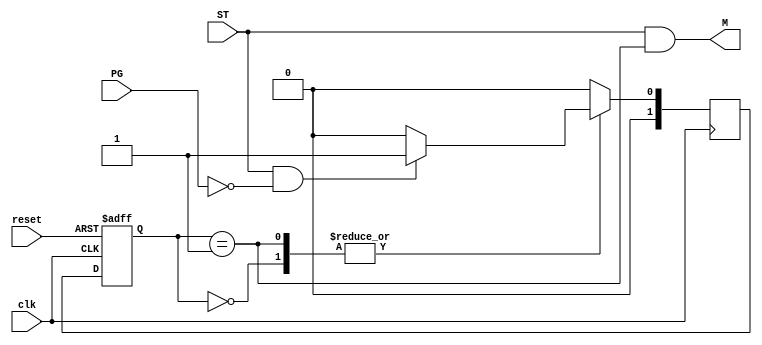
module maq_esteira(
	input clk,
   input reset,
	input ST, PG,
	output M
);

// Parmetros para os estados
parameter STOPPED = 2'b00;
parameter MOVING = 2'b01;

// Registrador de estado
reg [1:0] current_state, next_state;

// Atualizao do estado
always @ ( posedge clk , posedge
reset ) begin
    if ( reset ) current_state <= STOPPED ;
    else current_state <= next_state ;
end

// Lgica do prximo estado
always @(posedge clk) begin
	case(current_state)
    	STOPPED: begin
			if (ST && !PG)
            	next_state = MOVING;
        	else
            	next_state = STOPPED;
    	end
    	MOVING: begin

   		if (ST && !PG)
            	next_state = MOVING;
        	else
            	next_state = STOPPED;
    	end
    	default: next_state = STOPPED;
	endcase
end



// Lgica de sada
assign M = (ST && current_state == MOVING);

endmodule